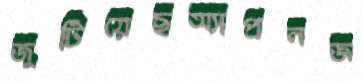
জুটিয়েছঅ্যাপ্রনজ